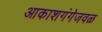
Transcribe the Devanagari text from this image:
आकाशगंगेजवळ